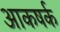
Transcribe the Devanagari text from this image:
आकषर्क